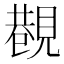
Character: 𧡥